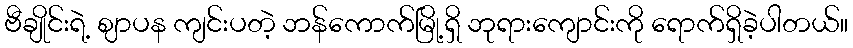
ဗီချိုင်းရဲ့ ဈာပန ကျင်းပတဲ့ ဘန်ကောက်မြို့ရှိ ဘုရားကျောင်းကို ရောက်ရှိခဲ့ပါတယ်။